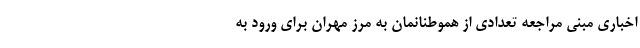
اخباری مبنی مراجعه تعدادی از هموطنانمان به مرز مهران برای ورود به